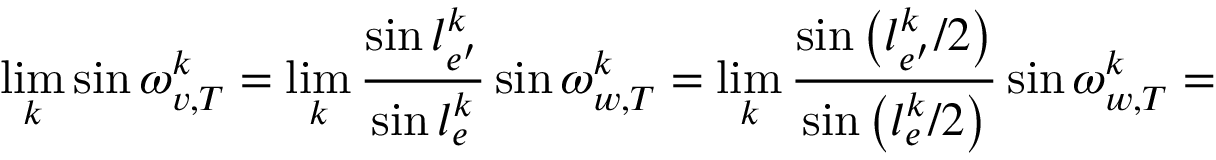
\operatorname* { l i m } _ { k } \sin \omega _ { v , T } ^ { k } = \operatorname* { l i m } _ { k } \frac { \sin l _ { e ^ { \prime } } ^ { k } } { \sin l _ { e } ^ { k } } \sin \omega _ { w , T } ^ { k } = \operatorname* { l i m } _ { k } \frac { \sin \left( l _ { e ^ { \prime } } ^ { k } / 2 \right) } { \sin \left( l _ { e } ^ { k } / 2 \right) } \sin \omega _ { w , T } ^ { k } =